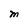
Character: M